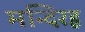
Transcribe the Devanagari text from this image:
मन्दिरहृ